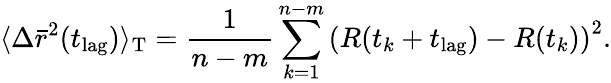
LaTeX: \langle\Delta\bar{r}^{2}(t_{\textnormal{lag}})\rangle_{\textnormal{T}}=\frac{1}{n-m}\sum_{k=1}^{n-m}\left(R(t_{k}+t_{\textnormal{lag}})-R(t_{k})\right)^{2}.